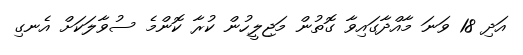
އަދި 18 ވަނަ މާއްދާގައިވާ ގޮތުން މަޖިލީހުން ކުރާ ކޮންމެ ސުވާލަކަށް އެނގި